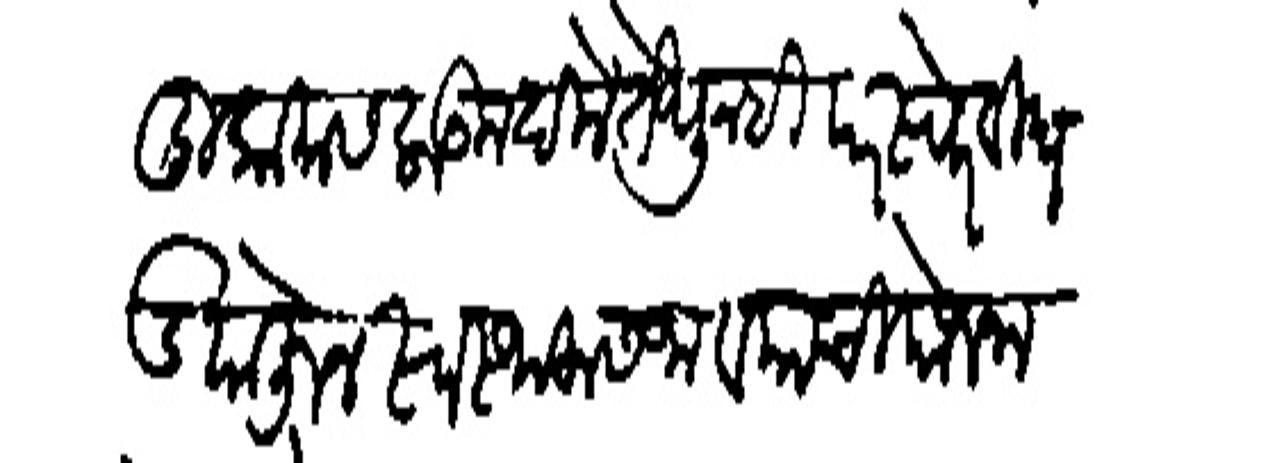
Transliteration (Devanagari): मुकामास लाकन दिले तेधूनहि परस्परे विधड योजून स्वस्थलास जावयाची योजना